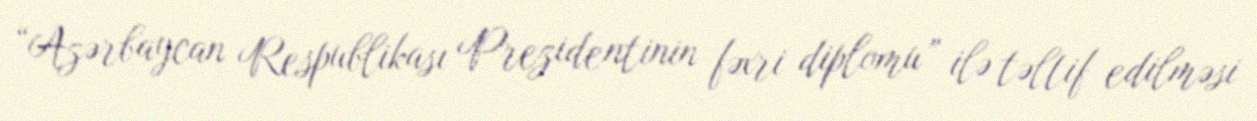
“Azərbaycan Respublikası Prezidentinin fəxri diplomu” ilə təltif edilməsi